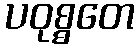
ပဝုစ္စတေ